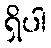
ရှိပါ